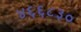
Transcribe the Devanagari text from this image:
४६६८३०